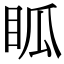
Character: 𥄼